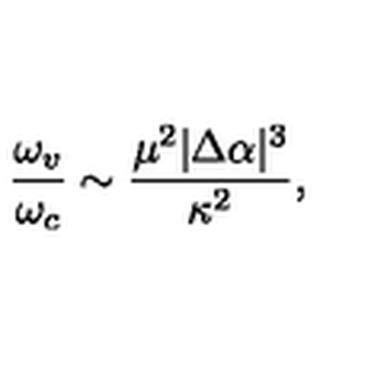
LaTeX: \frac { \omega _ { v } } { \omega _ { c } } \sim \frac { \mu ^ { 2 } | \Delta \alpha | ^ { 3 } } { \kappa ^ { 2 } } ,